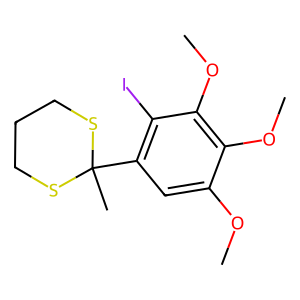
SMILES: COc1cc(C2(C)SCCCS2)c(I)c(OC)c1OC
Inhibits HIV replication: No